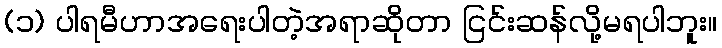
(၁) ပါရမီဟာအရေးပါတဲ့အရာဆိုတာ ငြင်းဆန်လို့မရပါဘူး။